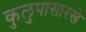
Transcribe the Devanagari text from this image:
कुलुपासारखे